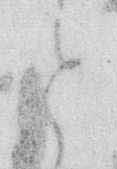
を